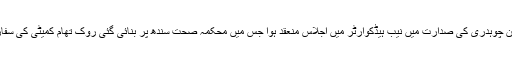
چیئرمین نیب قمر زمان چوہدری کی صدارت میں نیب ہیڈکوارٹر میں اجلاس منعقد ہوا جس میں محکمہ صحت سندھ پر بنائی گئی روک تھام کمیٹی کی سفارشات کا جائزہ لیا گیا۔